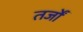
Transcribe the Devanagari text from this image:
तर्जों